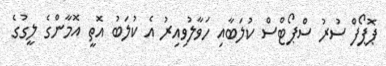
ޕޮޕޯފް ސުރު ސްޕޯޓްސް ކުލަބާއި ހަވާލުވިއިރު އެ ކުލަބު އޮތީ އޮމާންގެ ލީގުގެ